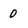
Character: O